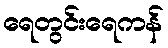
ရေတွင်းရေကန်